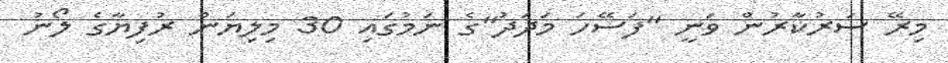
މިރޭ ސަރުކާރުން ވަނީ "ފަސޭހަ މަދަދު"ގެ ނަމުގައި 30 މިލިޔަން ރުފިޔާގެ ލޯނު